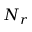
N _ { r }